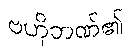
ဗဟိုဘဏ်၏